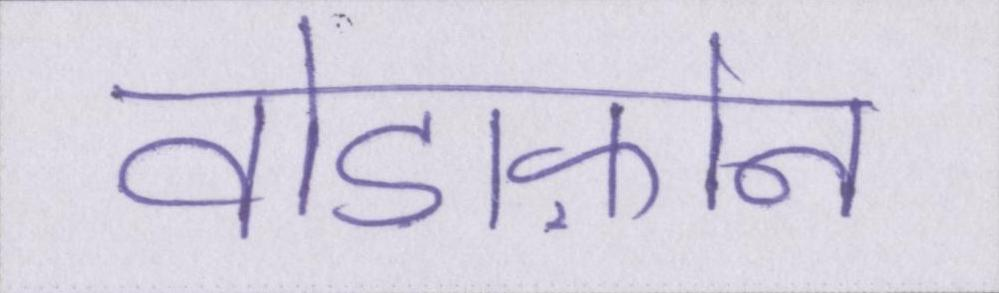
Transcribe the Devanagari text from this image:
वोडाफ़ोन